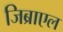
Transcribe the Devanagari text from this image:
जिब्राएल